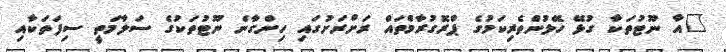
"އާ ނޫޓުތަކާ ގުޅޭ ހޭލުންތެރިކަމުގެ ޕްރޮގުރާމްތައް ރަށްރަށުގައި ހިންގާނެ ނޫޓުތަކުގެ ސަލާމަތީ ސިފަތަކާއި